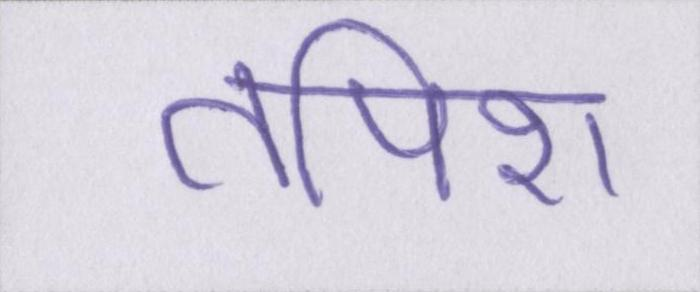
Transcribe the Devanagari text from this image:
तपिश